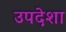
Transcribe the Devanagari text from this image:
उपदेशा